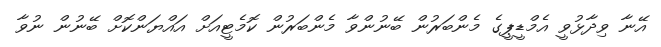
އޭނާ ވިދާޅުވީ އެމްޑީޕީގެ މެންބަރުން ބޭނުންވާ މެންބަރުން ކޮމެޓީއަށް އައްޔަންކޮށް ބޭނުން ނުވާ